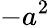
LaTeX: -a^{2}